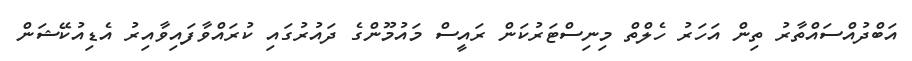
އަބްދުއްސައްތާރު ތިން އަހަރު ހެލްތް މިނިސްޓަރުކަން ރައީސް މައުމޫންގެ ދައުރުގައި ކުރައްވާފައިވާއިރު އެޑިއުކޭޝަން